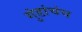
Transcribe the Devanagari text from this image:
गुंडांचंच